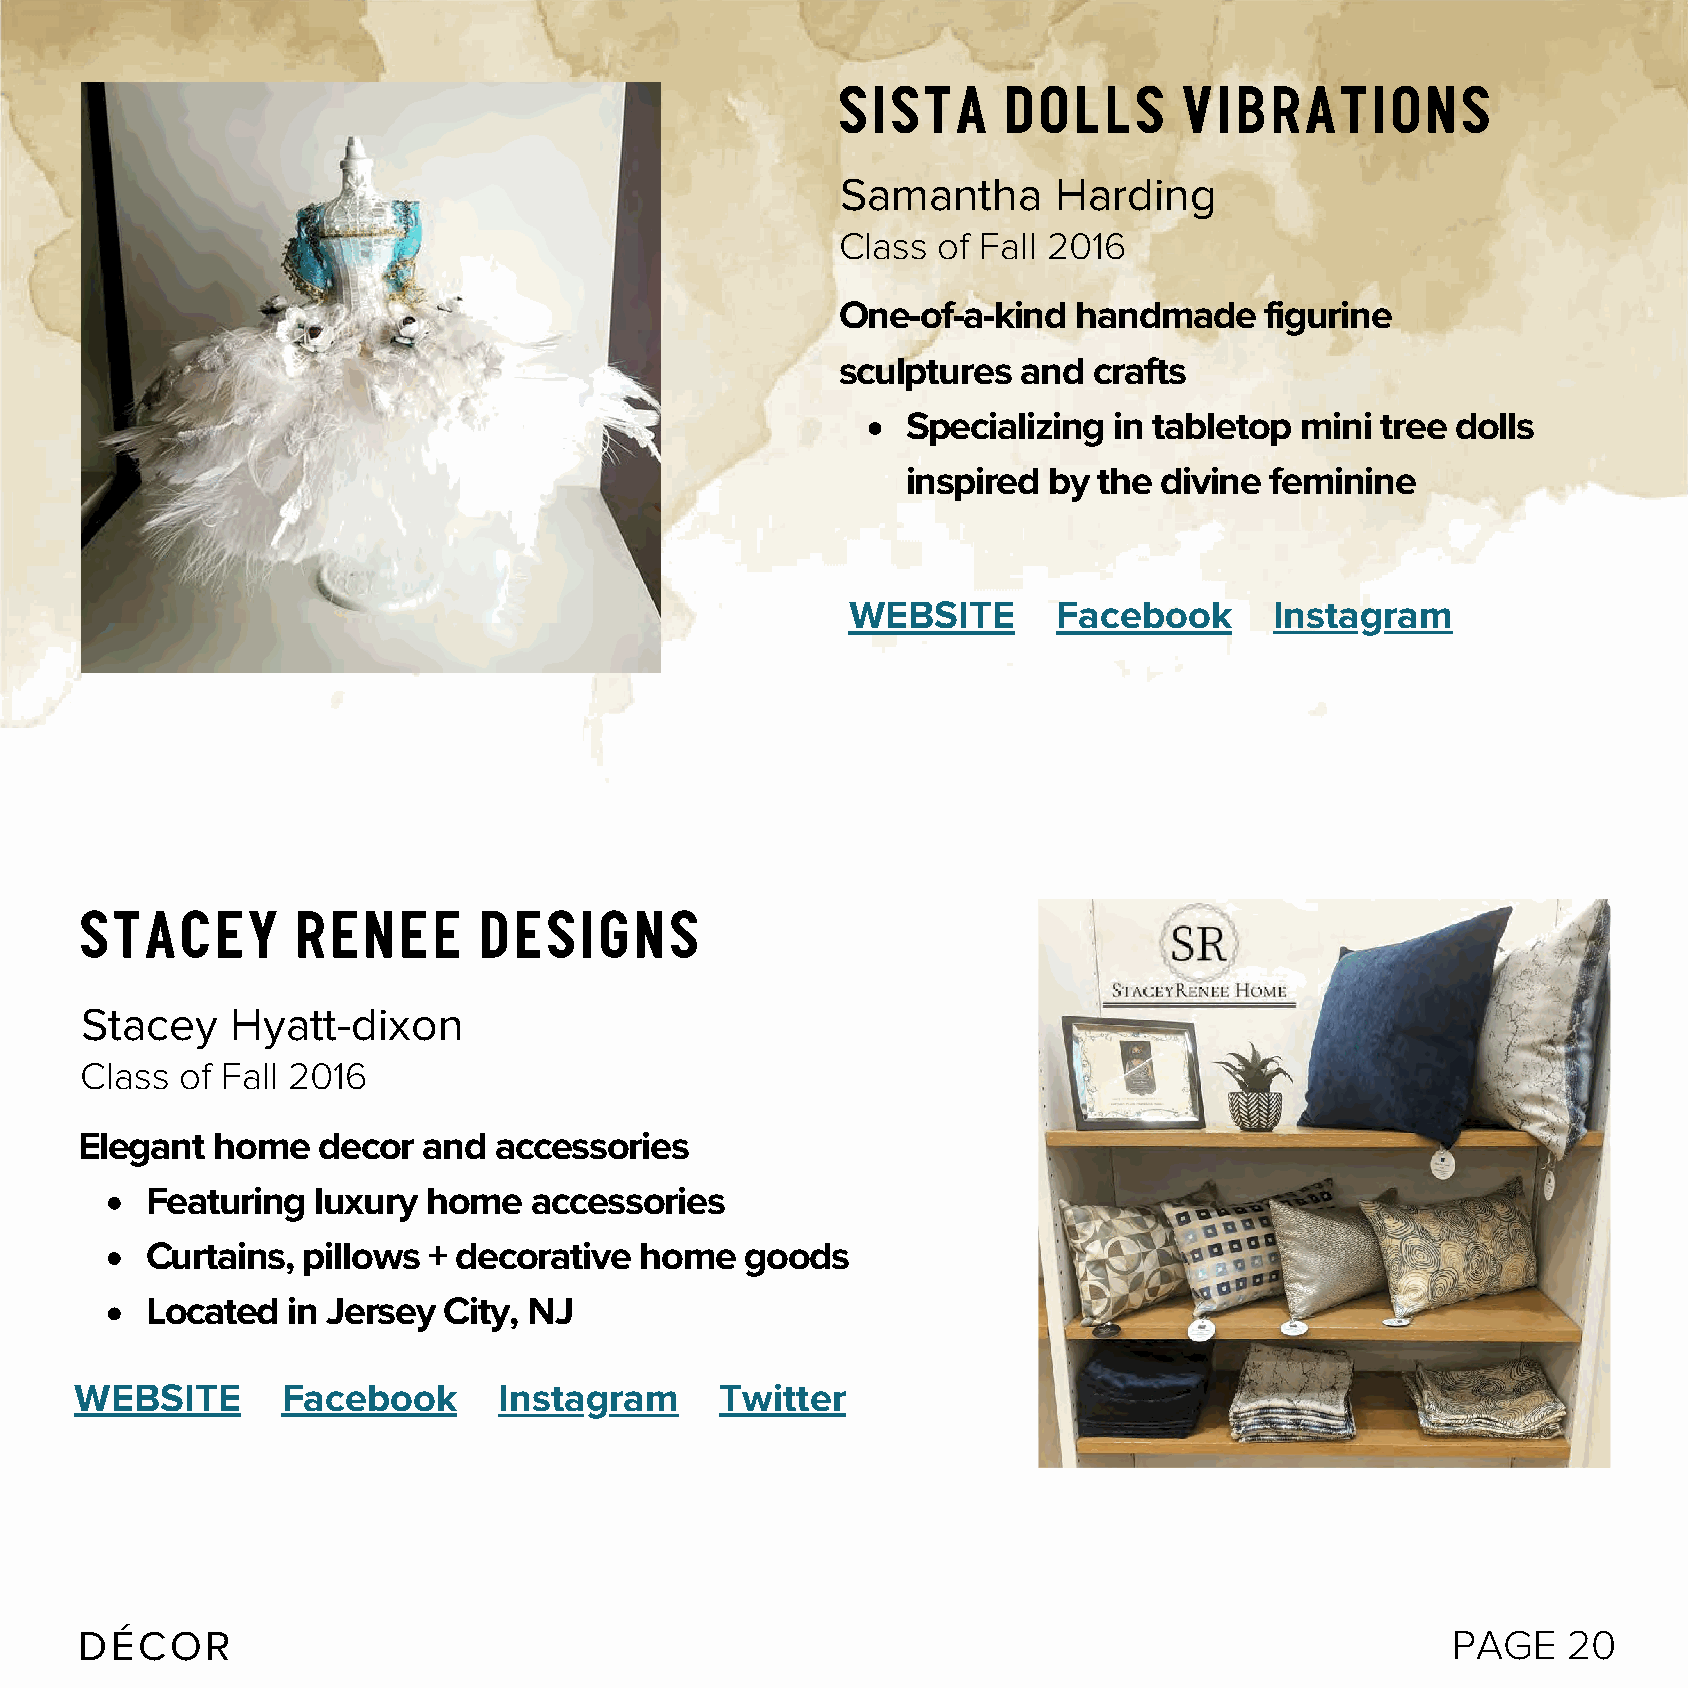
SISTA     DOLLS       VIBRATIONS
 Samantha      Harding
 Class of Fall 2016
 One-of-a-kind  handmade     figurine
 sculptures  and crafts
 Specializing  in tabletop mini tree dolls
 inspired by  the divine feminine
 WEBSITE       Facebook      Instagram
 STACEY         RENEE       DESIGNS
 Stacey    Hyatt-dixon
 Class  of Fall 2016
 Elegant  home   decor  and  accessories
 Featuring  luxury home   accessories
 Curtains, pillows + decorative  home   goods
 Located  in Jersey City, NJ
 WEBSITE       Facebook      Instagram      Twitter
 DÉCOR                                                                                      PAGE    20